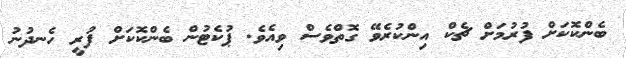
ބެންކޮކަށް ފުރުމަށް ޗެކް އިންކުރެވޭ ގޮތްވެސް ވިއެވެ. ޕުކެޓުން ބެންކޮކަށް ފުރީ ހެނދުނު